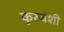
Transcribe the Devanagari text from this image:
कुरुवंशी